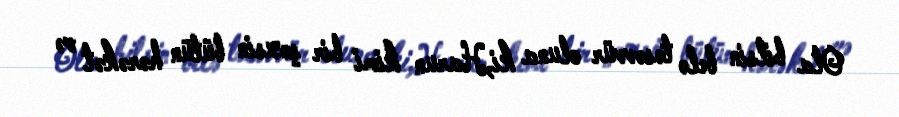
Ola bilsin belə təsəvvür oluna ki,Harun kimi bir şəxsin bütün hərəkət və